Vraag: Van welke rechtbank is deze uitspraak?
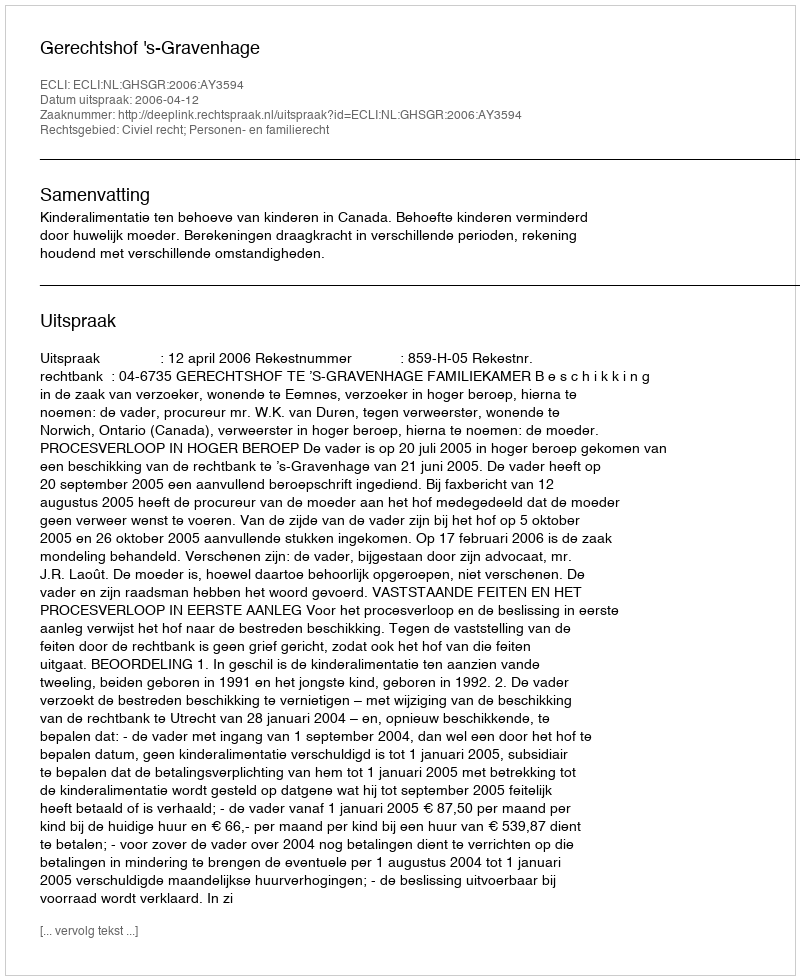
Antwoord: Gerechtshof 's-Gravenhage